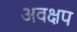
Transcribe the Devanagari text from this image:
अवक्षप